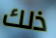
ذلك